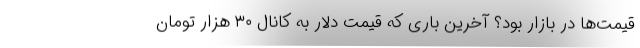
قیمت‌ها در بازار بود؟ آخرین باری که قیمت دلار به کانال ۳۰ هزار تومان